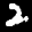
Label: 2